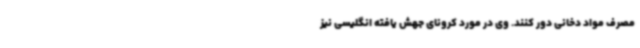
مصرف مواد دخانی دور کنند. وی در مورد کرونای جهش یافته انگلیسی نیز